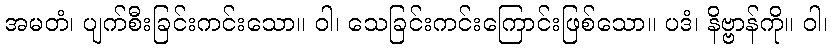
အမတံ၊ ပျက်စီးခြင်းကင်းသော။ ဝါ၊ သေခြင်းကင်းကြောင်းဖြစ်သော။ ပဒံ၊ နိဗ္ဗာန်ကို။ ဝါ၊